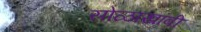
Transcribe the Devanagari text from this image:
सोळाखांबी